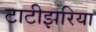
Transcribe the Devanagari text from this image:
टाटीझरिया